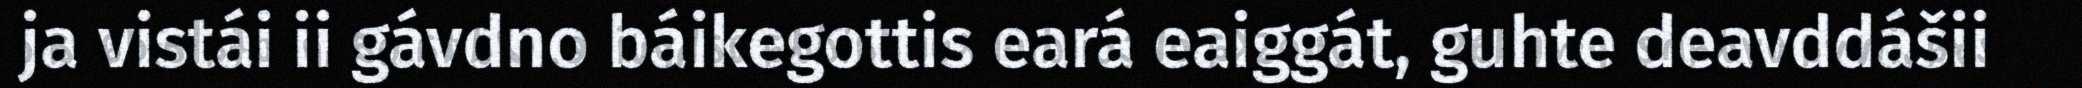
ja vistái ii gávdno báikegottis eará eaiggát, guhte deavddášii